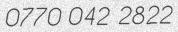
0770 042 2822